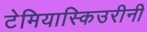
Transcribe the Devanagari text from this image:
टेमियास्किउरीनी